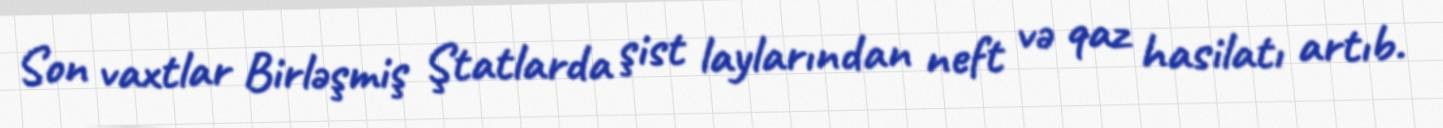
Son vaxtlar Birləşmiş Ştatlarda şist laylarından neft və qaz hasilatı artıb.